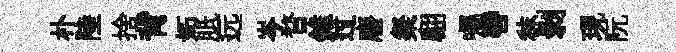
朴陸捨背妬胝远岑瞀錐过廢粲翩囑轡秣剥現阮